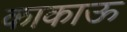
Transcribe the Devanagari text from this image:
काकाऊ